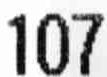
107